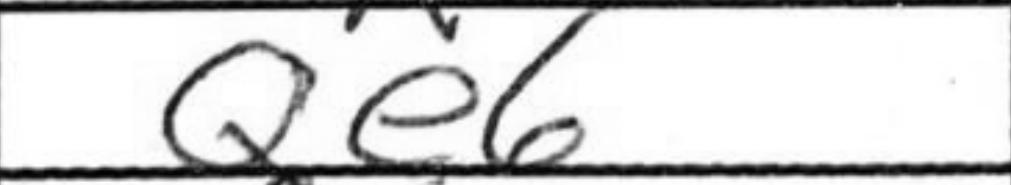
Transcription: Qe6